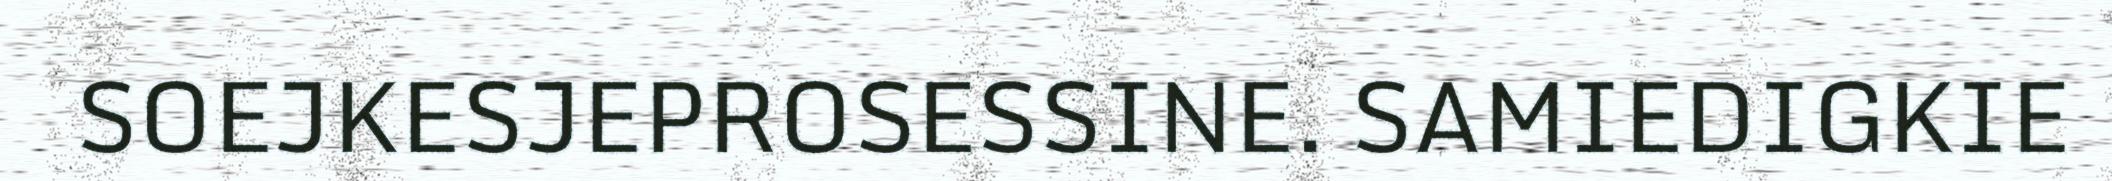
SOEJKESJEPROSESSINE. SAMIEDIGKIE